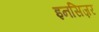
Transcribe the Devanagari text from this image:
इनसिज़र